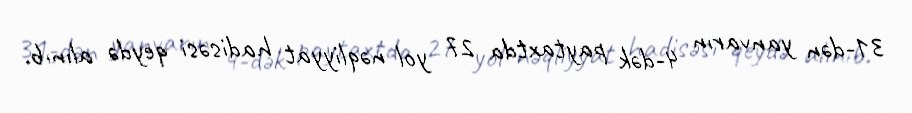
31-dən yanvarın 4-dək paytaxtda 27 yol nəqliyyat hadisəsi qeydə alınıb.